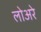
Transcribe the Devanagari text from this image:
लोअरे